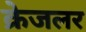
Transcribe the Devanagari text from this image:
क्रेजलर